Leaving Certificate Examination, 1918
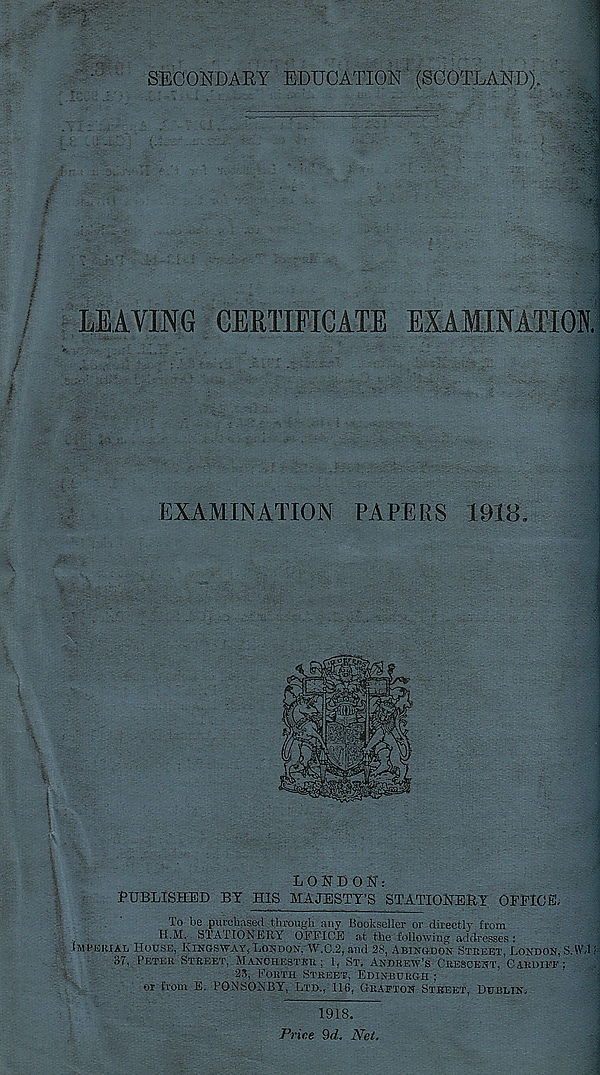
SECONDARY EDUCATION (SCOTLAND),
v
'
a
LEAVING CERTIFICATE EXAMINATION.
EXAMINATION PAPERS 1918,
LONDON;
PUBLISHED BY HIS MAJESTY’S STATIONERY OFFICE;
To be purchased through any Bookseller or directly from
H.M. STATIONERY OFFICE at the following addresses:
(MPBRiAt, House, Kingsway, Ltapos, W.C.2, and 28, Abingdon Street, London, S.W,1!
37, Peter Street, Manchester; 1, St, Andrew’s Crescent, Cardiff;
2S, Forth Street, Edinburgh ;
or from E. PO.NSOHBY, Ltd., 116, Grafton Street, Dublin,
1918.
Price 9d. Net.